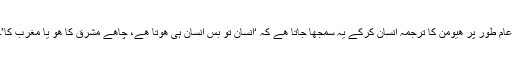
عام طور پر ھیومن کا ترجمہ انسان کرکے یہ سمجھا جاتا ھے کہ ‘انسان تو بس انسان ہی ھوتا ھے، چاھے مشرق کا ھو یا مغرب کا’۔